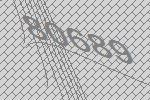
80689